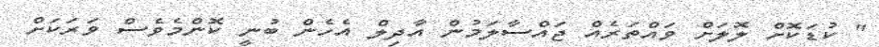
" ކުޑަކޮށް ލޮލަށް ވައްތަރެއް ޖައްސާލަމުން އާދިލް އެހެން ބުނީ ކޮންމެވެސް ވަރަކަށް